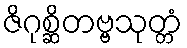
ဇိဂုစ္ဆိတဗ္ဗသုတ္တံ